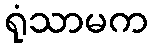
ရုံသာမက